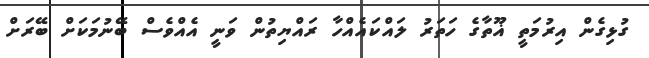
ގުޅިގެން އިރުމަތީ ޣޫތާގެ ހަތަރު ލައްކައެއްހާ ރައްޔިތުން ވަނީ އެއްވެސް ބޭނުމަަކަށް ބޭރަށް